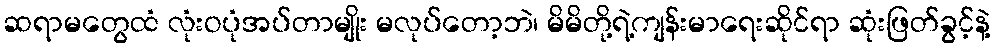
ဆရာမတွေထံ လုံးဝပုံအပ်တာမျိုး မလုပ်တော့ဘဲ၊ မိမိတို့ရဲ့ကျန်းမာရေးဆိုင်ရာ ဆုံးဖြတ်ခွင့်နဲ့